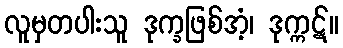
လူမှတပါးသူ ဒုက္ခဖြစ်အံ့၊ ဒုက္ကဋ်။